Report on the bubonic plague in Bombay, 1896-1897
Year: 1896
Disease focus: Plague
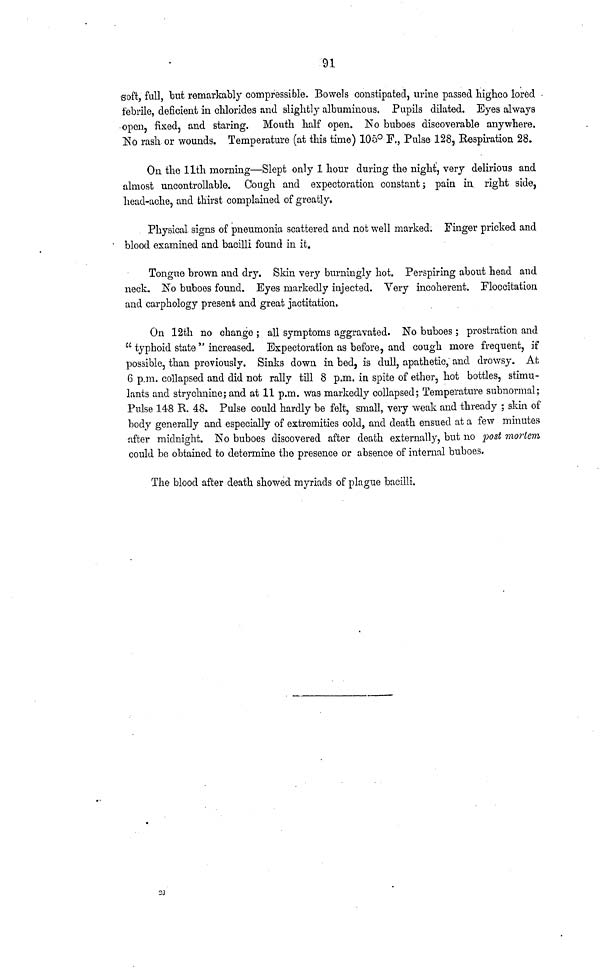
91
soft, full, but remarkably compressible. Bowels constipated, urine passed highco lored
febrile, deficient in chlorides and slightly albuminous. Pupils dilated. Eyes always
open, fixed, and staring. Mouth half open. No buboes discoverable anywhere.
No rash or wounds. Temperature (at this time) 105° F., Pulse 128, Respiration 28.
On the 11th morning—Slept only 1 hour during the night, very delirious and
almost uncontrollable. Cough and expectoration constant ; pain in, right side,
head-ache, and thirst complained of greatly.
Physical signs of pneumonia scattered and not well marked. Finger pricked and
blood examined and bacilli found in it.
Tongue brown and dry. Skin very burningly hot. Perspiring about head and
neck. No buboes found. Eyes markedly injected. Very incoherent. Floccitation
and carphology present and great jactitation.
On 12th no change ; all symptoms aggravated. No buboes ; prostration and
"typhoid state" increased. Expectoration as before, and cough more frequent, if
possible, than previously. Sinks down in bed, is dull, apathetic, and drowsy. At
6 p.m. collapsed and did not rally till 8 p.m. in spite of ether, hot bottles, stimu-
lants and strychnine; and at 11 p.m. was markedly collapsed; Temperature subnormal;
Pulse 148 R. 48. Pulse could hardly be felt, small, very weak and thready ; skin of
body generally and especially of extremities cold, and death ensued at a few minutes
after midnight. No buboes discovered after death externally, but no post mortem
could be obtained to determine the presence or absence of internal buboes.
The blood after death showed myriads of plague bacilli.